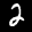
Label: 2